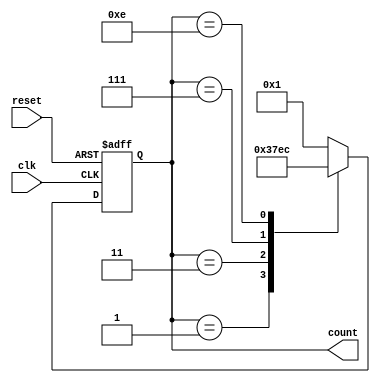
module johnson_counter (
    input wire clk,
    input wire reset,
    output reg [3:0] count
);

reg [3:0] temp_count;

always @(posedge clk or posedge reset) begin
    if (reset) begin
        temp_count <= 4'b0001;
    end else begin
        case (temp_count)
            4'b0001: temp_count <= 4'b0011;
            4'b0011: temp_count <= 4'b0111;
            4'b0111: temp_count <= 4'b1110;
            4'b1110: temp_count <= 4'b1100;
            default: temp_count <= 4'b0001;
        endcase
    end
end

always @* begin
    count = temp_count;
end

endmodule